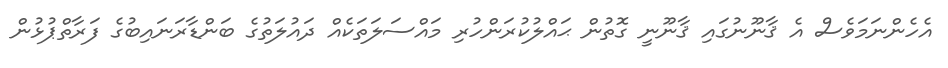
އެހެންނަމަވެސް އެ ޤާނޫނުގައި ޤާނޫނީ ގޮތުން ޙައްލުކުރަންހުރި މައްސަލަތަކެއް ދައުލަތުގެ ބަންޑާރަނައިބުގެ ފަރާތްޕުޅުން